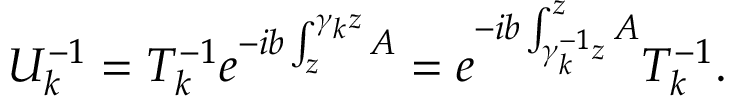
{ \cal U } _ { k } ^ { - 1 } = T _ { k } ^ { - 1 } e ^ { - i b \int _ { z } ^ { \gamma _ { k } z } A } = e ^ { - i b \int _ { \gamma _ { k } ^ { - 1 } z } ^ { z } A } T _ { k } ^ { - 1 } .